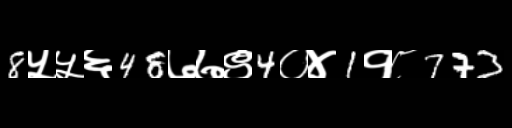
Text: 8५५६48७७९4०४1१८773